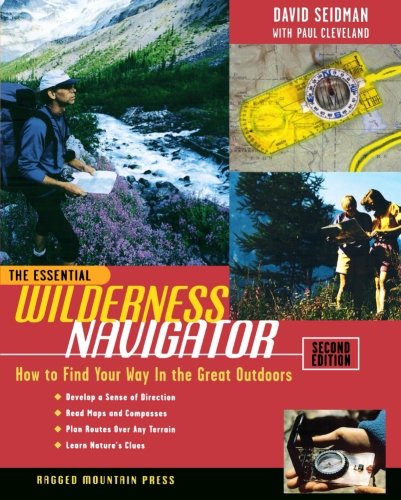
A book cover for The Essential Wilderness Navigator: How to Find Your Way in the Great Outdoors, Second Edition; David Seidman; Sports & Outdoors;